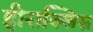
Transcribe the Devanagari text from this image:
हीराक्लिस